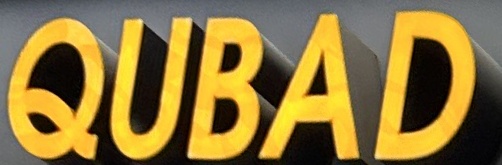
QUBAD